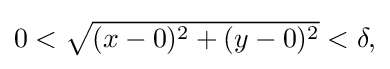
{\textstyle 0<{\sqrt {(x-0)^{2}+(y-0)^{2}}}<\delta ,}